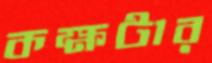
কক্ষটার